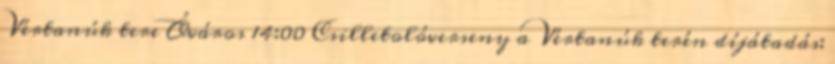
Vértanúk tere Óváros 14:00 Csilletolóverseny a Vértanúk terén díjátadás: